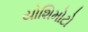
યોશિમોટો